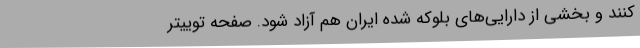
کنند و بخشی از دارایی‌های بلوکه شده ایران هم آزاد شود. صفحه توییتر